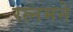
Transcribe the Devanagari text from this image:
रत्नमने